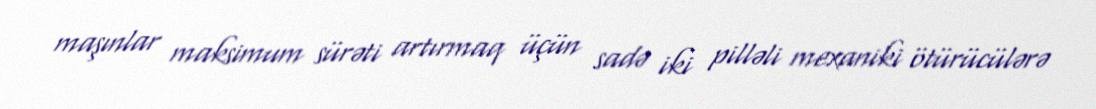
maşınlar maksimum sürəti artırmaq üçün sadə iki pilləli mexaniki ötürücülərə